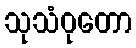
သုသံဝုတော